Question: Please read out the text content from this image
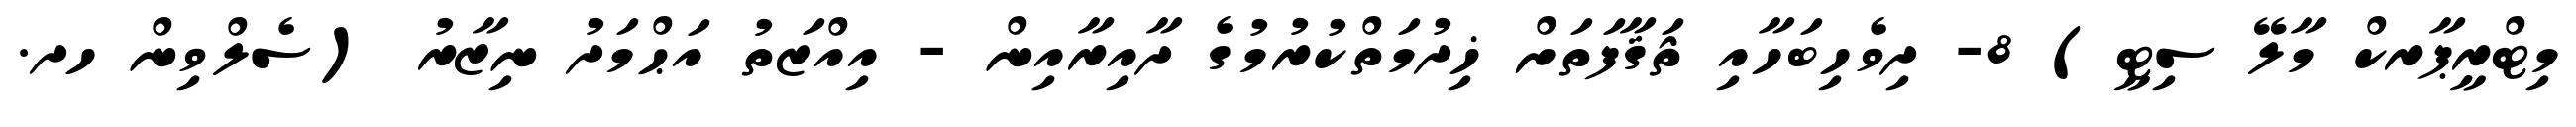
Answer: މިޓްރީޕާރކް މާލޭ ސިޓީ) 8- ދިވެހިބަހާއި ޘަޤާފަތަށް ޚިދުމަތްކުރުމުގެ ދާއިރާއިން - އިއްޒަތު އަޙްމަދު ނިޒާރު (ސެލްވިން ހދ.